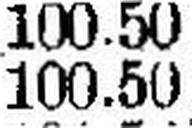
100.50